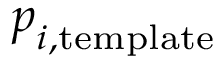
\boldsymbol { p } _ { i , \mathrm { t e m p l a t e } }